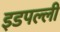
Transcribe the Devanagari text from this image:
इडपल्ली